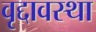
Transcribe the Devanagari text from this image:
वृद्दावस्था